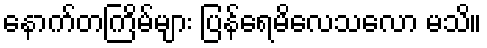
နောက်တကြိမ်များ ပြန်ရေမိလေသလော မသိ။